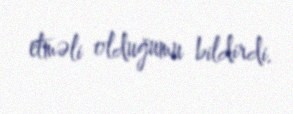
etməli olduğumu bildirdi.